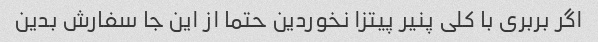
اگر بربری با کلی پنیر پیتزا نخوردین حتما از این جا سفارش بدین